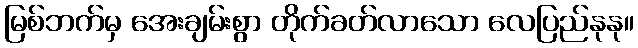
မြစ်ဘက်မှ အေးချမ်းစွာ တိုက်ခတ်လာသော လေပြည်နုနု။